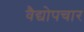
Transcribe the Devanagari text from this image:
वैद्योपचार